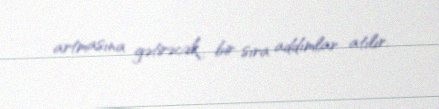
artmasına gətirəcək bir sıra addımlar atılır.